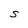
Character: S